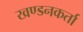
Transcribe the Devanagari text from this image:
खण्डनकर्ता